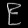
Digit: ၉